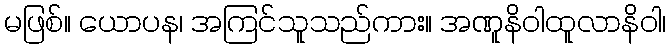
မဖြစ်။ ယောပန၊ အကြင်သူသည်ကား။ အဏူနိဝါထူလာနိဝါ၊